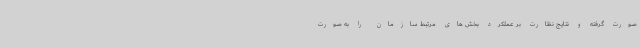
صورت گرفته و نتایج نظارت بر عملکرد بخش های مرتبط سازمان را به صورت